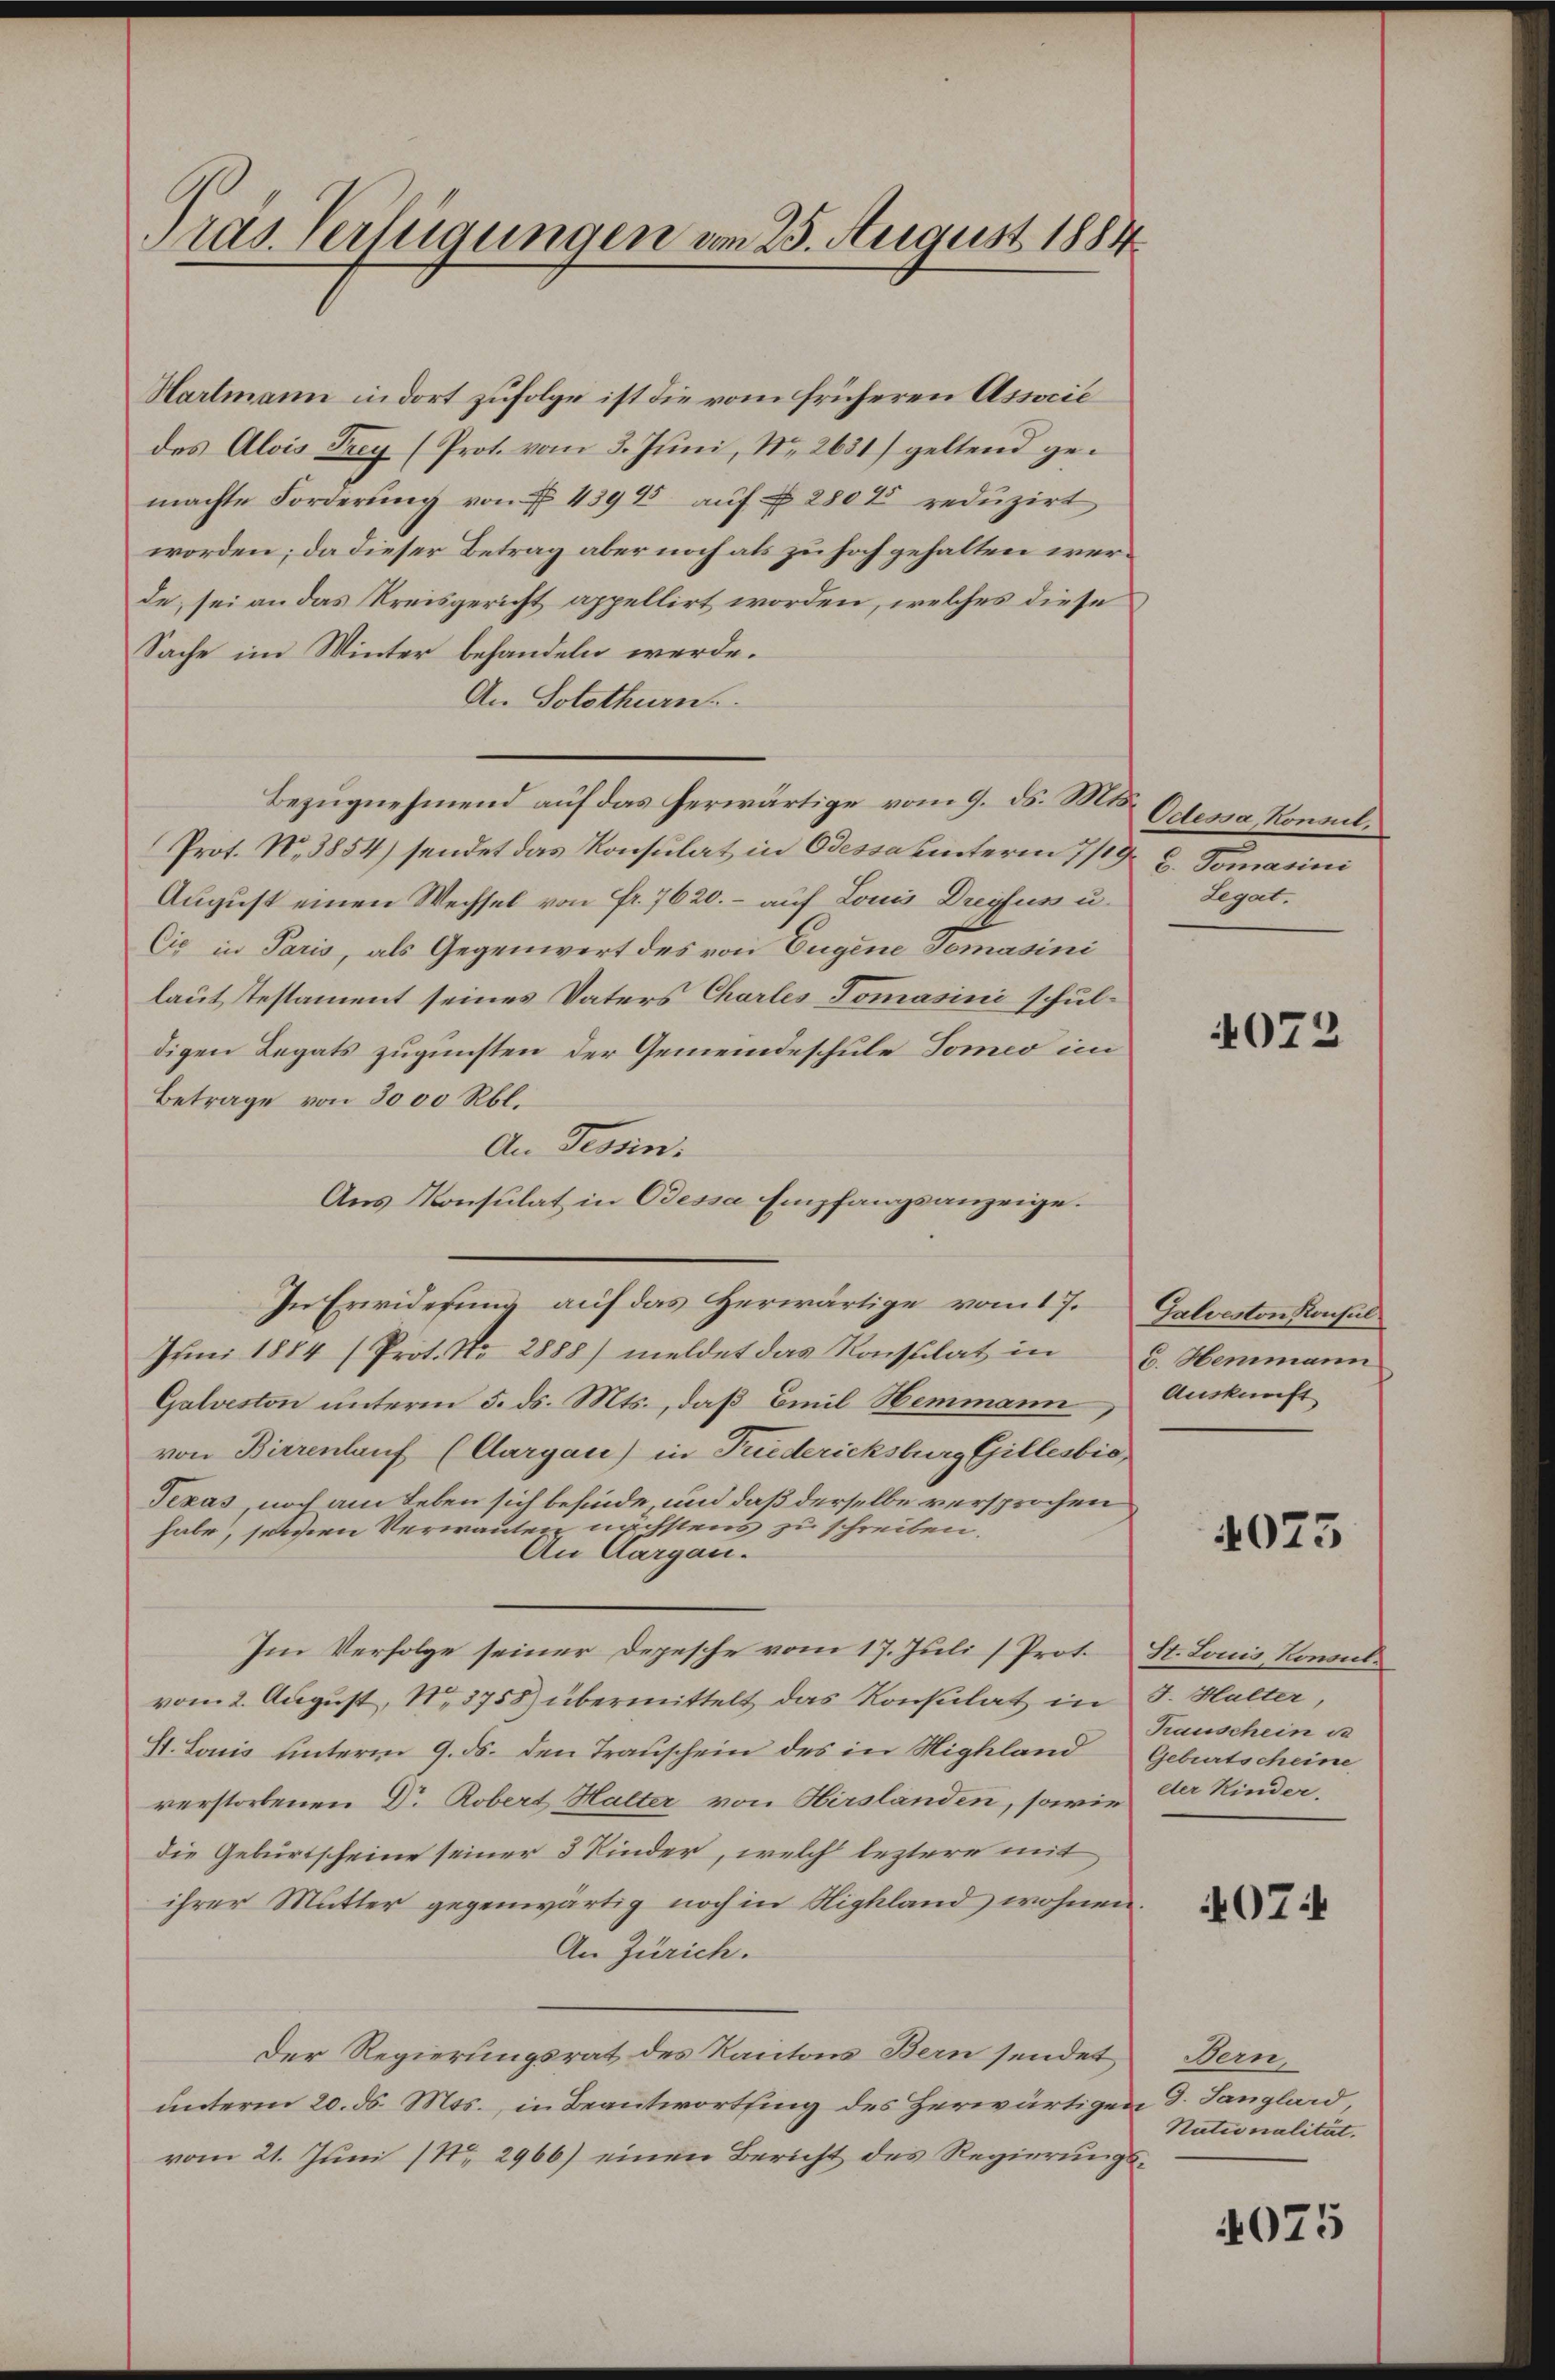
Präs. Verfügungen vom 25. August 1884

Hartmann in dort zufolge ist die vom früheren Associé
des Alois Frey (Prot. vom 3. Juni, No 2631) geltend gemachte Forderŭng von f. 4394 aŭf § 2800 redŭzirt
worden; da dieser Betrag aber noch als zu hoch gehalten werde, sei an das Kreisgericht appellirt worden, welches diese
Sache im Winter behandeln werde.
An Solothurn.
Bezugnehmend auf das herwärtige vom 9. ds. Mts.
Prot. N. 3854) sendet das Konsulat in Odessa unterm 7/19. d. Tomasini
August einen Wechsel von Fr. 7620.- auf Louis Dreyfus u.
Cie in Paris, als Gegenwert des von Eugene Tomasini
laut Testament seines Vaters Charles Domasini schuldigen Legats zugunsten der Gemeindeschule Tomeo im
Betrage von 3000 Rbl.
An Tessin.
Aus Konsulat in Odessa Empfangsanzeige.
In Erwiderung auf das Herwärtige vom 17.
Juni 1884 (Prot. No. 2888) meldet das Konsulat in
Galveston unterm 5. ds. Mts., daß Emil Hemmann
von Birrenlauf (Aargau) in Friederichsburg Gillesbio
Texas, noch am Leben sich befinde, und daß derselbe versprochen
habe, seinen Verwanten nächstens zu schreiben.
An Aargau.
Im Verfolge seiner Depesche vom 17. Juli (Prot. St. Louis Konsulvom 2. August, No 3758) übermittelt das Konsulat in J. Halter,
St. Louis unterm 9. ds. den Trauschein des in Highland Geburtscheine
verstorbenen Dr. Robert Halter von Hirslanden, sowie
die Geburtscheine seiner 3 Kinder, welch leztere mit
ihrer Mutter gegenwärtig noch in Nigkland wohnen.
An Zürich.
Der Regierungsrat des Kantons Bern sendet
unterm 20. ds. Mts., in Beantwortling des Herwärtigen d. Langhard
vom 21. Juni (Nr. 2966) einen Bericht des Regierungs¬

Odessa, Konsul.
Legat.

072

Galveston Konsul
C. Hemmann
Auskunft

4073

Tauschein de
der Kinder.

407:

Bern,
Nationalität.

4075